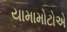
યામામોટોએ